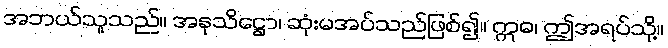
အဘယ်သူသည်။ အနုသိဋ္ဌော၊ ဆုံးမအပ်သည်ဖြစ်၍။ ဣဓ၊ ဤအရပ်သို့။